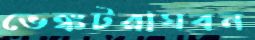
ভেঙ্কটরাঘবন